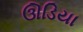
ઊડિયા